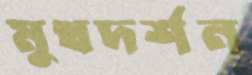
মুখদর্শন